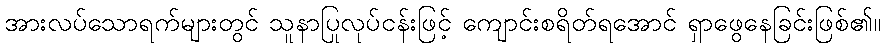
အားလပ်သောရက်များတွင် သူနာပြုလုပ်ငန်းဖြင့် ကျောင်းစရိတ်ရအောင် ရှာဖွေနေခြင်းဖြစ်၏။